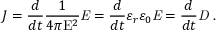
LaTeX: J = { \frac { d } { d t } } { \frac { 1 } { 4 \pi \mathrm { E } ^ { 2 } } } { \mathit { E } } = { \frac { d } { d t } } \varepsilon _ { r } \varepsilon _ { 0 } { \mathit { E } } = { \frac { d } { d t } } { \mathit { D } } \ .